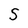
Character: S